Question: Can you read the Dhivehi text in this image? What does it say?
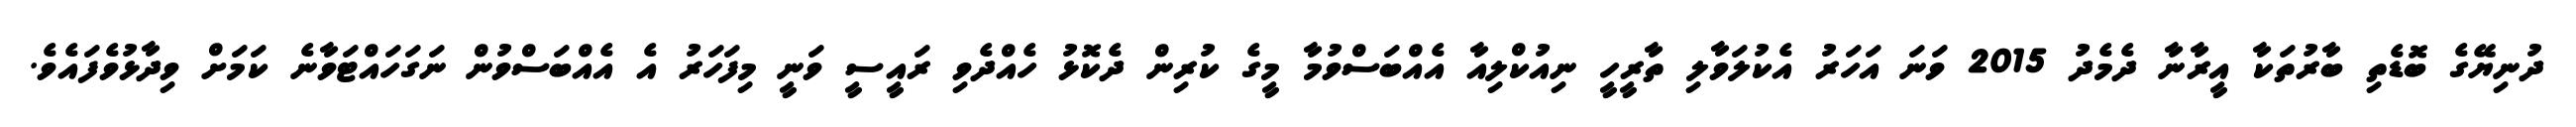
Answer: ދުނިޔޭގެ ބޮޑެތި ބާރުތަކާ އީރާނާ ދެމެދު 2015 ވަނަ އަހަރު އެކުލަވާލި ތާރީހީ ނިއުކްލިއާ އެއްބަސްވުމާ މީގެ ކުރިން ދެކޮޅު ހެއްދެވި ރައީސީ ވަނީ މިފަހަރު އެ އެއްބަސްވުން ނަގަހައްޓަވާނެ ކަމަށް ވިދާޅުވެފައެވެ.